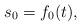
LaTeX: \begin{align*}s_0=f_0(t),\end{align*}